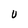
Character: u